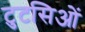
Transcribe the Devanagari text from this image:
टुटसिओं